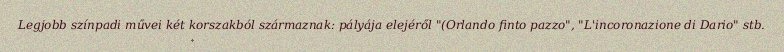
Legjobb színpadi művei két korszakból származnak: pályája elejéről "(Orlando finto pazzo", "L'incoronazione di Dario" stb.